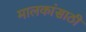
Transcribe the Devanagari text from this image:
मालकांसाठी